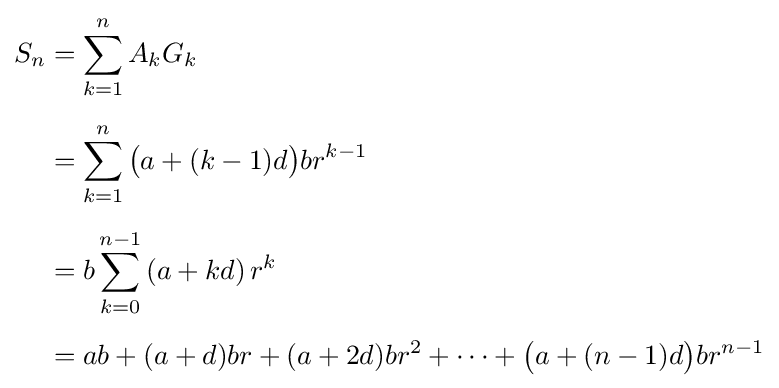
{\begin{aligned}S_{n}&=\sum _{k=1}^{n}A_{k}G_{k}\\[5pt]&=\sum _{k=1}^{n}{\bigl (}a+(k-1)d{\bigr )}br^{k-1}\\[5pt]&=b\sum _{k=0}^{n-1}\left(a+kd\right)r^{k}\\[5pt]&=ab+(a+d)br+(a+2d)br^{2}+\cdots +{\bigl (}a+(n-1)d{\bigr )}br^{n-1}\end{aligned}}